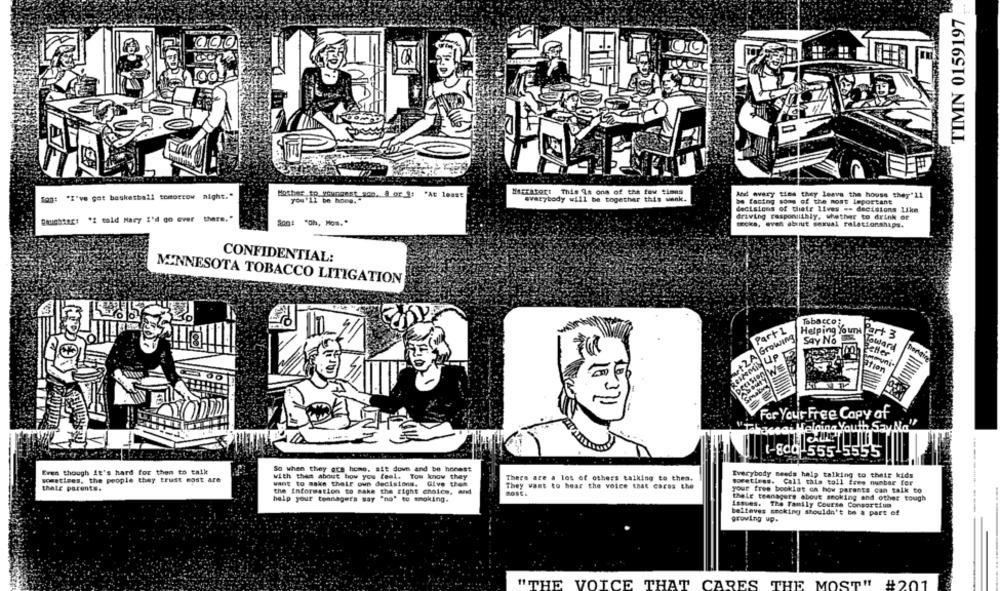
TIMN 0159197
Mother tp_youngest_som. 8 or f: "At least
Barratort This Is ons of the few times
And every time they leave the house they"11
Ton: "I've got basketball tomorrow night."
you'll be hoeg."
everybody will be together this wenk.
be facing soon of the most leportant
decisions of their lives == decisions 1ike
Daughter: "Z told Mary I'd go over there."
driving responsibly, whether to drink or
Son: "Oh, Mos."
Becka, even about sexual relationships.
CONFIDENTIAL:
MINNESOTA TOBACCO LITIGATION
Tobacco:
Part1
Growing
Helping Your Part 3
SAY NO
Better
WE
ation
For Your Free Capy af
Tabaccai Helping Youth Say No
(-8ca )55515555
Even though it's hard for them to talk
So when they are home. sit down and be honest
With this about how you feel. Tow know they
There are a lot of others talking to thea.
Everybody needs help talking to their kids
sometimes, the people they trust cost are
want to make their own decisions. Give them
Sowetiens. Call this toll free number for
their parents.
the Information to make the right choice, and
They want to hear the voice that caros the
your free booklot on how parents can talk to
help your teenagers say "no" to smoking.
thele teenagers about smoking and other tough
Isques. The Family Course Consortium
believes stoking shouldn't be a part of
growing up.
"THE VOICE THAT CARES THE MOST" #201